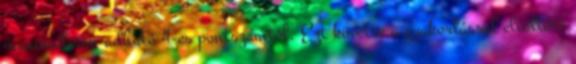
maximálisan adható 4-es pontszámtól. Ezt követte a gyakorlással eltöltött